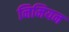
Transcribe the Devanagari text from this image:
निमियन